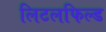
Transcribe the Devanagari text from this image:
लिटलफिल्ड